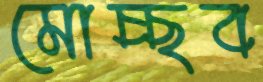
মোচ্ছব